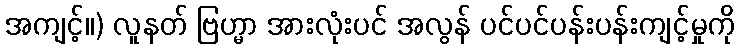
အကျင့်။) လူနတ် ဗြဟ္မာ အားလုံးပင် အလွန် ပင်ပင်ပန်းပန်းကျင့်မှုကို